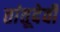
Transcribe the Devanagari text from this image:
तांतूदेवी